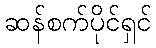
ဆန်စက်ပိုင်ရှင်